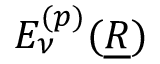
E _ { \nu } ^ { ( p ) } ( \underline { { R } } )